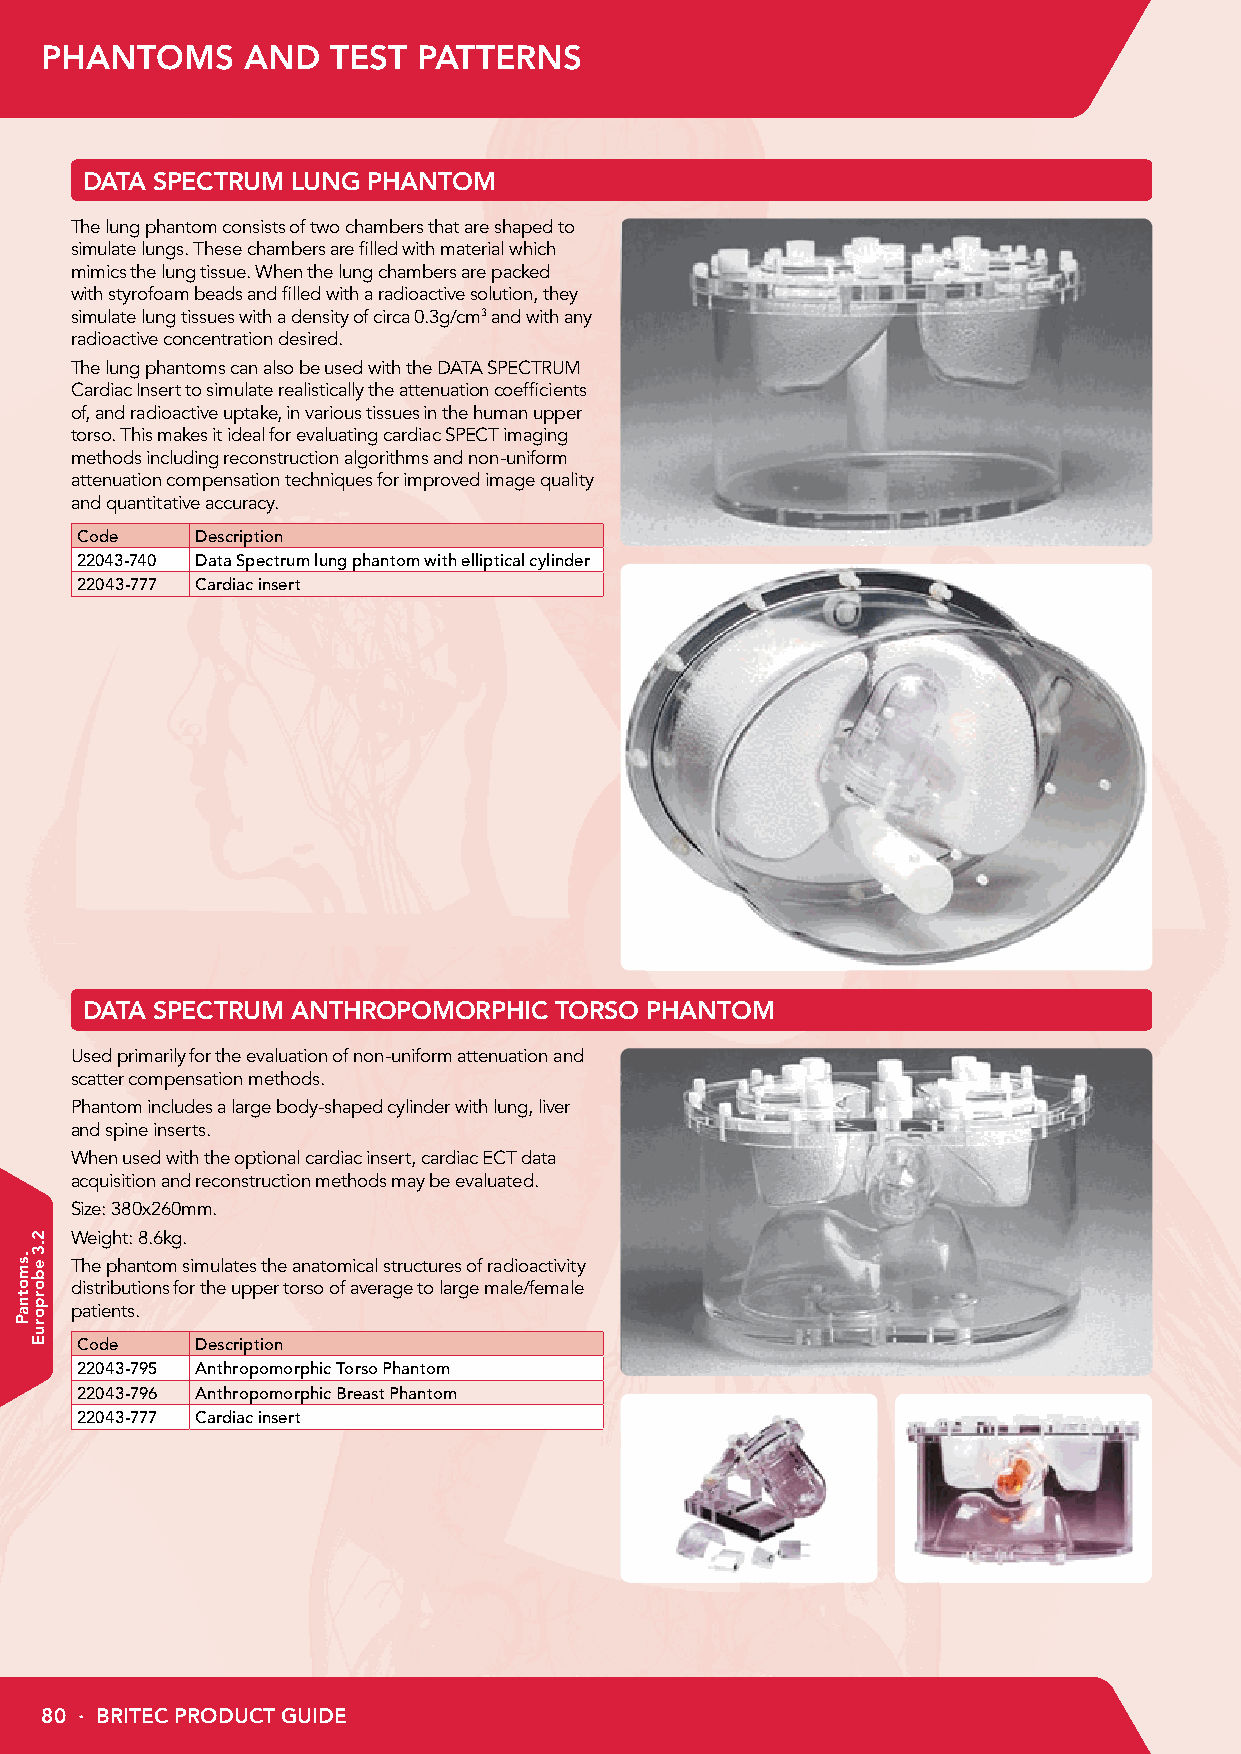
PHANTOMS     AND   TEST  PATTERNS
 DATA SPECTRUM LUNG PHANTOM
 The lung phantom consists of two chambers that are shaped to
 simulate lungs. These chambers are filled with material which
 mimics the lung tissue. When the lung chambers are packed
 with styrofoam beads and filled with a radioactive solution, they
 simulate lung tissues with a density of circa 0.3g/cm3 and with any
 radioactive concentration desired.
 The lung phantoms can also be used with the DATA SPECTRUM
 Cardiac Insert to simulate realistically the attenuation coefficients
 of, and radioactive uptake, in various tissues in the human upper
 torso. This makes it ideal for evaluating cardiac SPECT imaging
 methods including reconstruction algorithms and non-uniform
 attenuation compensation techniques for improved image quality
 and quantitative accuracy.
 Code    Description
 22043-740 Data Spectrum lung phantom with elliptical cylinder
 22043-777 Cardiac insert
 DATA SPECTRUM ANTHROPOMORPHIC   TORSO PHANTOM
 Used primarily for the evaluation of non-uniform attenuation and
 scatter compensation methods.
 Phantom includes a large body-shaped cylinder with lung, liver
 and spine inserts.
 When used with the optional cardiac insert, cardiac ECT data
 acquisition and reconstruction methods may be evaluated.
 Size: 380x260mm.
 Weight: 8.6kg.
 The phantom simulates the anatomical structures of radioactivity
 distributions for the upper torso of average to large male/female
 patients.
 Code    Description
 22043-795 Anthropomorphic Torso Phantom
 22043-796 Anthropomorphic Breast Phantom
 22043-777 Cardiac insert
 80 · BRITEC PRODUCT GUIDE
 .smotnaP
 2.3
 eborporuE